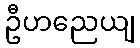
ဦဟညေယျ